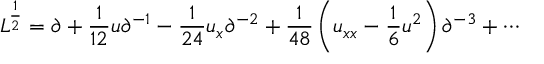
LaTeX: L ^ { \frac { 1 } { 2 } } = \partial + { \frac { 1 } { 1 2 } } u \partial ^ { - 1 } - { \frac { 1 } { 2 4 } } u _ { x } \partial ^ { - 2 } + { \frac { 1 } { 4 8 } } \left( u _ { x x } - { \frac { 1 } { 6 } } u ^ { 2 } \right) \partial ^ { - 3 } + \cdots